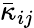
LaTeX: \bar{\kappa}_{ij}